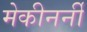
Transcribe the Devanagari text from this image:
मेकीनर्नी